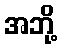
အဘို့